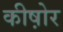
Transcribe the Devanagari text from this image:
कीष़ोर